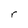
Character: r